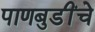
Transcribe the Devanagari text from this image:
पाणबुडींचे